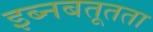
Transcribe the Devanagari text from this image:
इब्नबतूतता